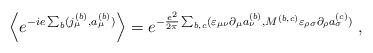
LaTeX: \begin{align*}\Big\langle e^{-ie\sum_b(j^{(b)}_\mu,a^{(b)}_\mu)} \Big\rangle =e^{-\frac{e^2}{2\pi}\sum_{b,c}(\varepsilon_{\mu \nu} \partial_\mu a^{(b)}_\nu , M^{(b,c)}\varepsilon_{\rho \sigma} \partial_\rho a^{(c)}_\sigma ) } \; ,\end{align*}